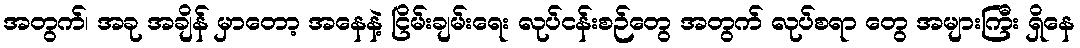
အတွက်၊ အခု အချိန် မှာတော့ အနေနဲ့ ငြိမ်းချမ်းရေး လုပ်ငန်းစဉ်တွေ အတွက် လုပ်စရာ တွေ အများကြီး ရှိနေ